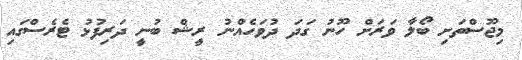
މިޖޫސްތަށި ބޯލާ ވަރަށް ހޫނު ގަދަ ދުވަހެއްނު ރީޝް ބުނީ ދަރިފުޅު ޓެރެސްގައި